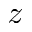
z